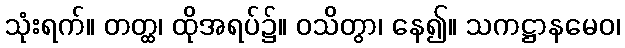
သုံးရက်။ တတ္ထ၊ ထိုအရပ်၌။ ဝသိတွာ၊ နေ၍။ သကဋ္ဌာနမေဝ၊